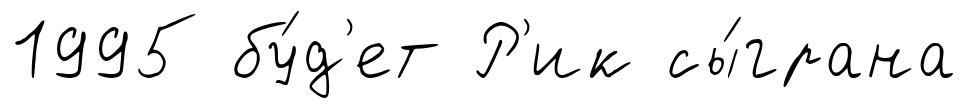
1995 бу́д'ет Р'ик сы́грана